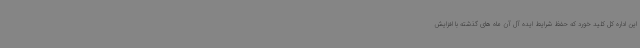
این اداره کل کلید خورد که حفظ شرایط ایده آل آن ماه های گذشته با افزایش